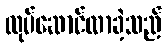
လုပ်ဆောင်လာခဲ့သည်